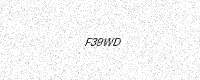
Text: F39WD